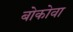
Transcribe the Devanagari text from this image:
बोकोवा